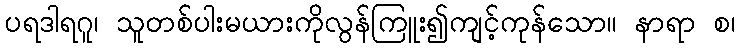
ပရဒါရဂူ၊ သူတစ်ပါးမယားကိုလွန်ကြူး၍ကျင့်ကုန်သော။ နာရာ စ၊